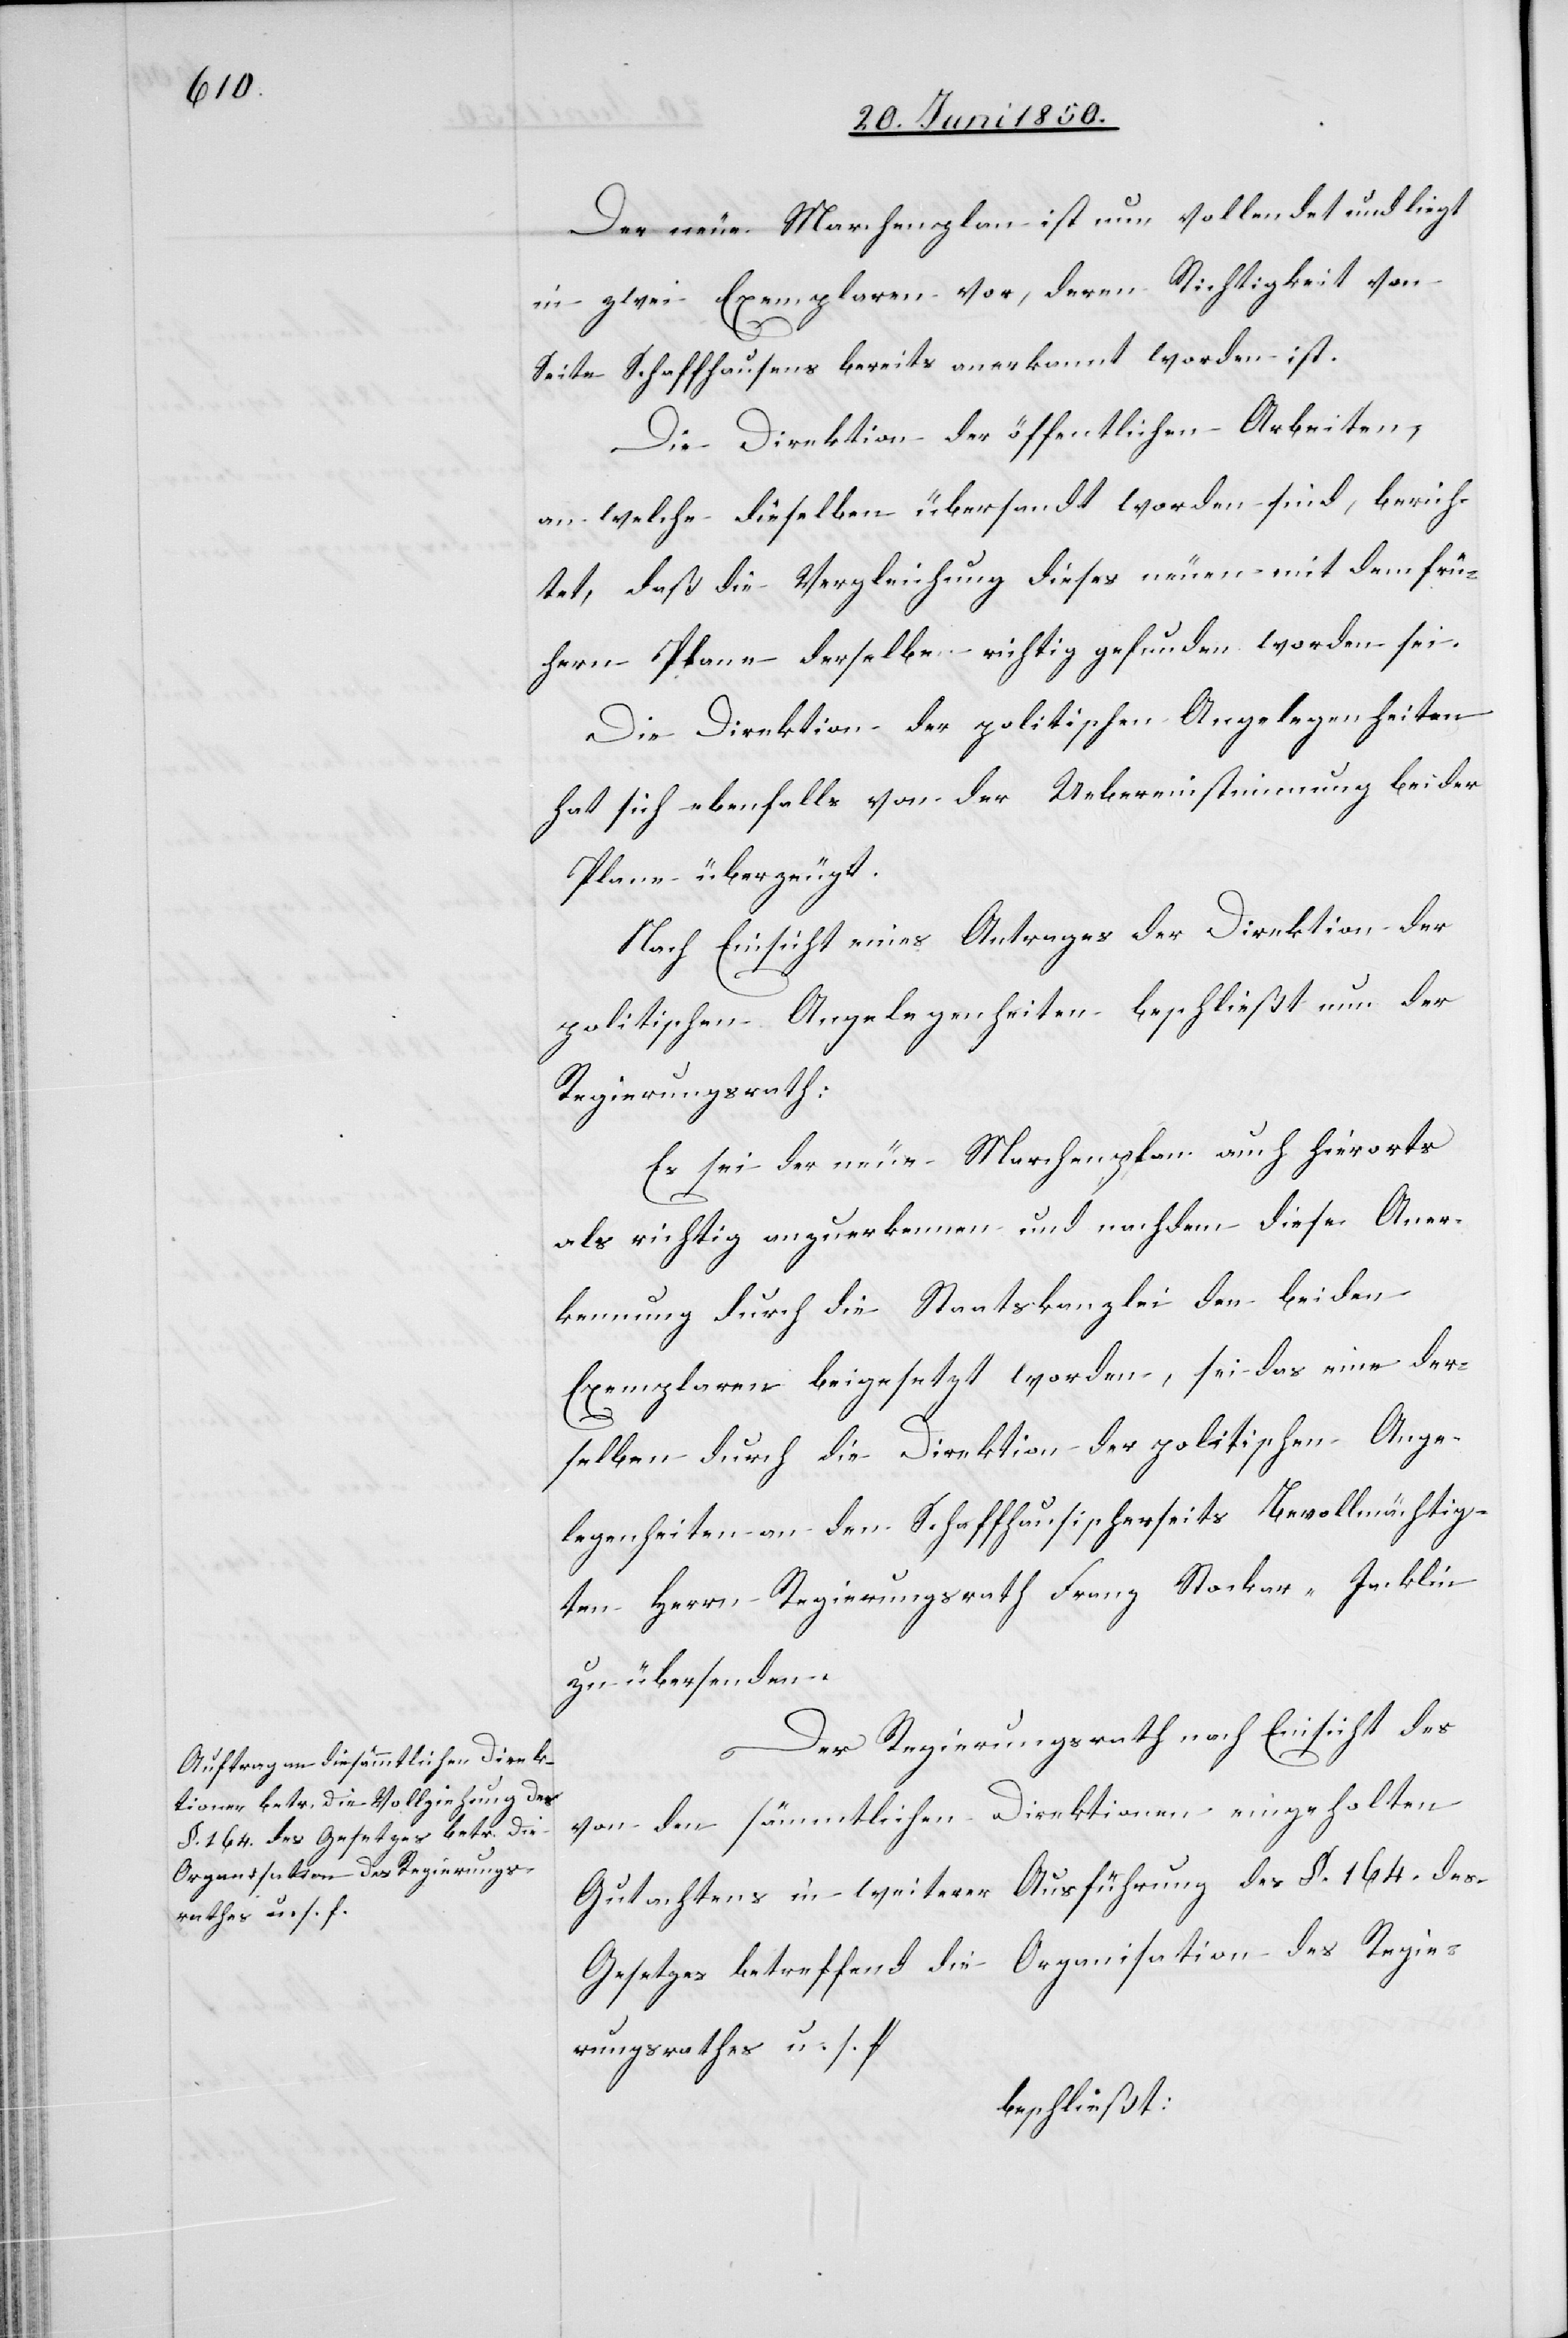
Der neue Marchenplan ist nun vollendet und liegt
in zwei Exemplaren vor, deren Richtigkeit von
Seite Schaffhausens bereits anerkannt worden ist.
Die Direktion der öffentlichen Arbeiten,
an welche dieselben übersandt worden sind, berich¬
tet, das die Vergleichung dieses neuen mit dem frü¬
hern Plane derselbe richtig gefunden worden sei.
Die Direktion der politischen Angelegenheiten
hat sich ebenfalls von der Uebereinstimmung beider
Plane überzeugt.
Nach Einsicht eines Antrages der Direktion der
politischen Angelegenheiten beschließt nun der
Regierungsrath:
Es sei der neue Marchenplan auch hierorts
als richtig anzuerkennen und nachdem diese Aner¬
kennung durch die Staatskanzlei den beiden
Exemplaren beigesetzt worden, sei das eine der¬
selben durch die Direktion der politischen Ange¬
legenheiten an den Schaffhausischerseits bevollmächtig¬
ten Herrn Regierungsrath Franz Stockar-Jecklin
zu übersenden.
Der Regierungsrath nach Einsicht des
von den sämmtlichen Direktionen eingeholten
Gutachtens in weiterer Ausführung des §. 164. des
Gesetzes betreffend die Organisation des Regie¬
rungsrathes u. s. f.
beschließt: